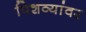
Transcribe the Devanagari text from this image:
पिशव्यांवर